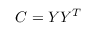
C = Y Y ^ { T }